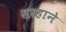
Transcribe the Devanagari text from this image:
सरहाने